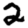
Digit: 2